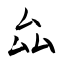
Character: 厽